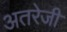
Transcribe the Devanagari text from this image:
अतरेजी